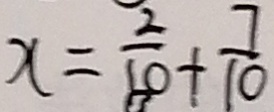
x = \frac { 2 } { 1 0 } + \frac { 7 } { 1 0 }